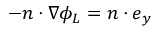
- \boldsymbol { n } \cdot \nabla \phi _ { L } = \boldsymbol { n } \cdot \boldsymbol { e } _ { y }